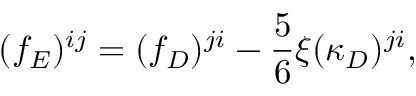
( f _ { E } ) ^ { i j } = ( f _ { D } ) ^ { j i } - \frac { 5 } { 6 } \xi ( \kappa _ { D } ) ^ { j i } ,